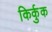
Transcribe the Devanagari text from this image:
किर्कुक